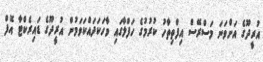
އުރީދޫގެ އަށްވަނަ މަސްރޭސް އިފްތިތާހު ކުރުމުގެ ހަފްލާގައި ވާހަކަދައްކަވަމުން އުރީދޫގެ ޑައިރެކްޓާ އޮފް